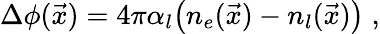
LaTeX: \Delta\phi(\vec{x})=4\pi\alpha_{l}\bigl(n_{e}(\vec{x})-n_{l}(\vec{x})\bigr)\; ,